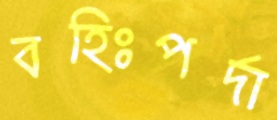
বহিঃপর্দা